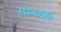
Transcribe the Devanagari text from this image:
सम्ब्ध्य